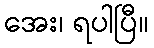
အေး၊ ရပါပြီ။